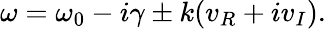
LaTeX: \omega=\omega_{0}-\textit{i}\gamma\pm k(v_{R}+\textit{i}v_{I}).